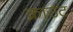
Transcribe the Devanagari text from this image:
क्राउट